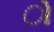
ો